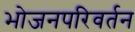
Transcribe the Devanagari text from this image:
भोजनपरिवर्तन